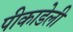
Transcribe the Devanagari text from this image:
पीकाडेली